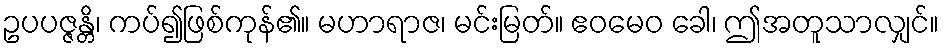
ဥပပဇ္ဇန္တိ၊ ကပ်၍ဖြစ်ကုန်၏။ မဟာရာဇ၊ မင်းမြတ်။ ဧဝမေဝ ခေါ၊ ဤအတူသာလျှင်။